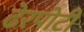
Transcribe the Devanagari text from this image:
ढेरपोटी